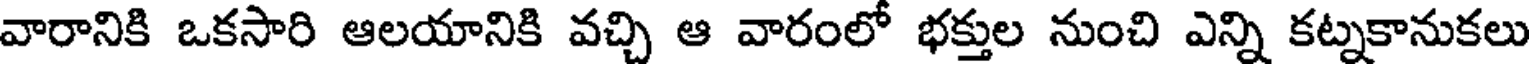
వారానికి ఒకసారి ఆలయానికి వచ్చి ఆ వారంలో భక్తుల నుంచి ఎన్ని కట్నకానుకలు